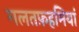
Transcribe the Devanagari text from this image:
गलतफ़हमियां